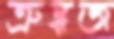
ত্রুদ্ধজ